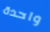
واحدة